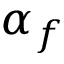
\alpha _ { f }